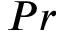
P r